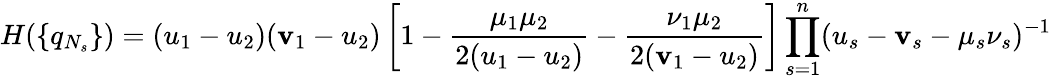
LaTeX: H(\{ q_{N_{s}}\} )=(u_{1}-u_{2})(\mathbf{v}_{1}-u_{2})\left[1-\frac{{\mu_{1}\mu_{2}}}{{2(u_{1}-u_{2})}}-\frac{{\nu_{1}\mu_{2}}}{{2(\mathbf{v}_{1}-u_{2})}}\right]\prod_{s=1}^{n}(u_{s}-\mathbf{v}_{s}-\mu_{s}\nu_{s})^{-1}